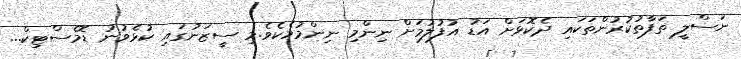
ނަސްލީ ތަފާތުކުރުންތަކައި ދެކޮޅަށް އަޑު އުފުލުމަށް ނިންމި ނިންމުމެކެވެ.މި ސީޒަނުގައި ކުޅެވުނު ޑޮމެސްޓިކް...